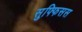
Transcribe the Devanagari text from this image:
सुफ्फिसस